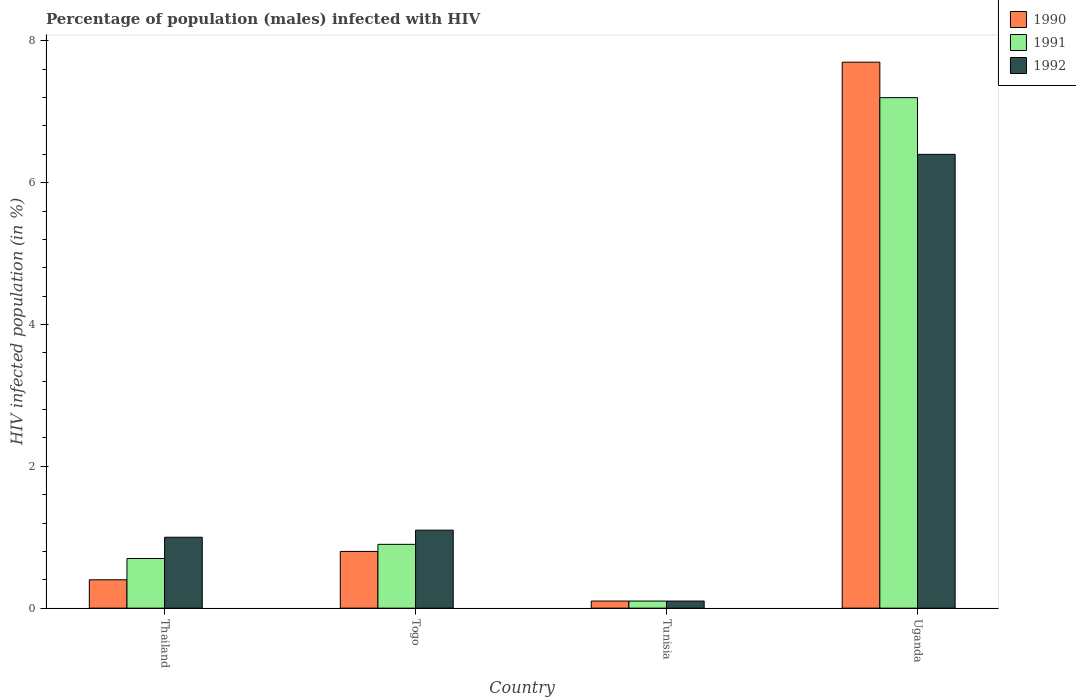
| Country | 1990 | 1991 | 1992 |
 | --- | --- | --- | --- |
 | Thailand | 0.4 | 0.7 | 1 |
 | Togo | 0.8 | 0.9 | 1.1 |
 | Tunisia | 0.1 | 0.1 | 0.1 |
 | Uganda | 7.7 | 7.2 | 6.4 |